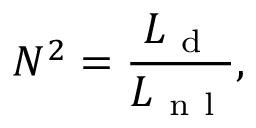
N ^ { 2 } = \frac { L _ { \mathrm { ~ d ~ } } } { L _ { \mathrm { ~ n ~ l ~ } } } ,